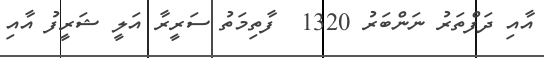
އާއި ދަފްތަރު ނަންބަރު 1320  ފާތިމަތު ސަރީރާ އަލީ ޝަރީފު އާއި